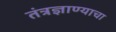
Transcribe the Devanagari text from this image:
तंत्रज्ञाण्याचा